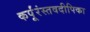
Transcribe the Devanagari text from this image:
कर्पूंरंस्तवदीपिका